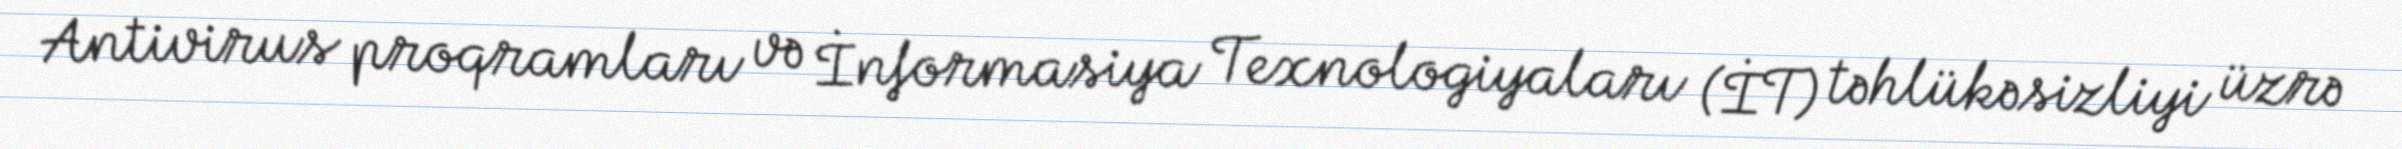
Antivirus proqramları və İnformasiya Texnologiyaları (İT) təhlükəsizliyi üzrə